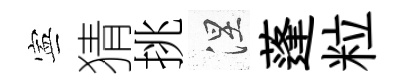
寕猜挑涅蓬粒